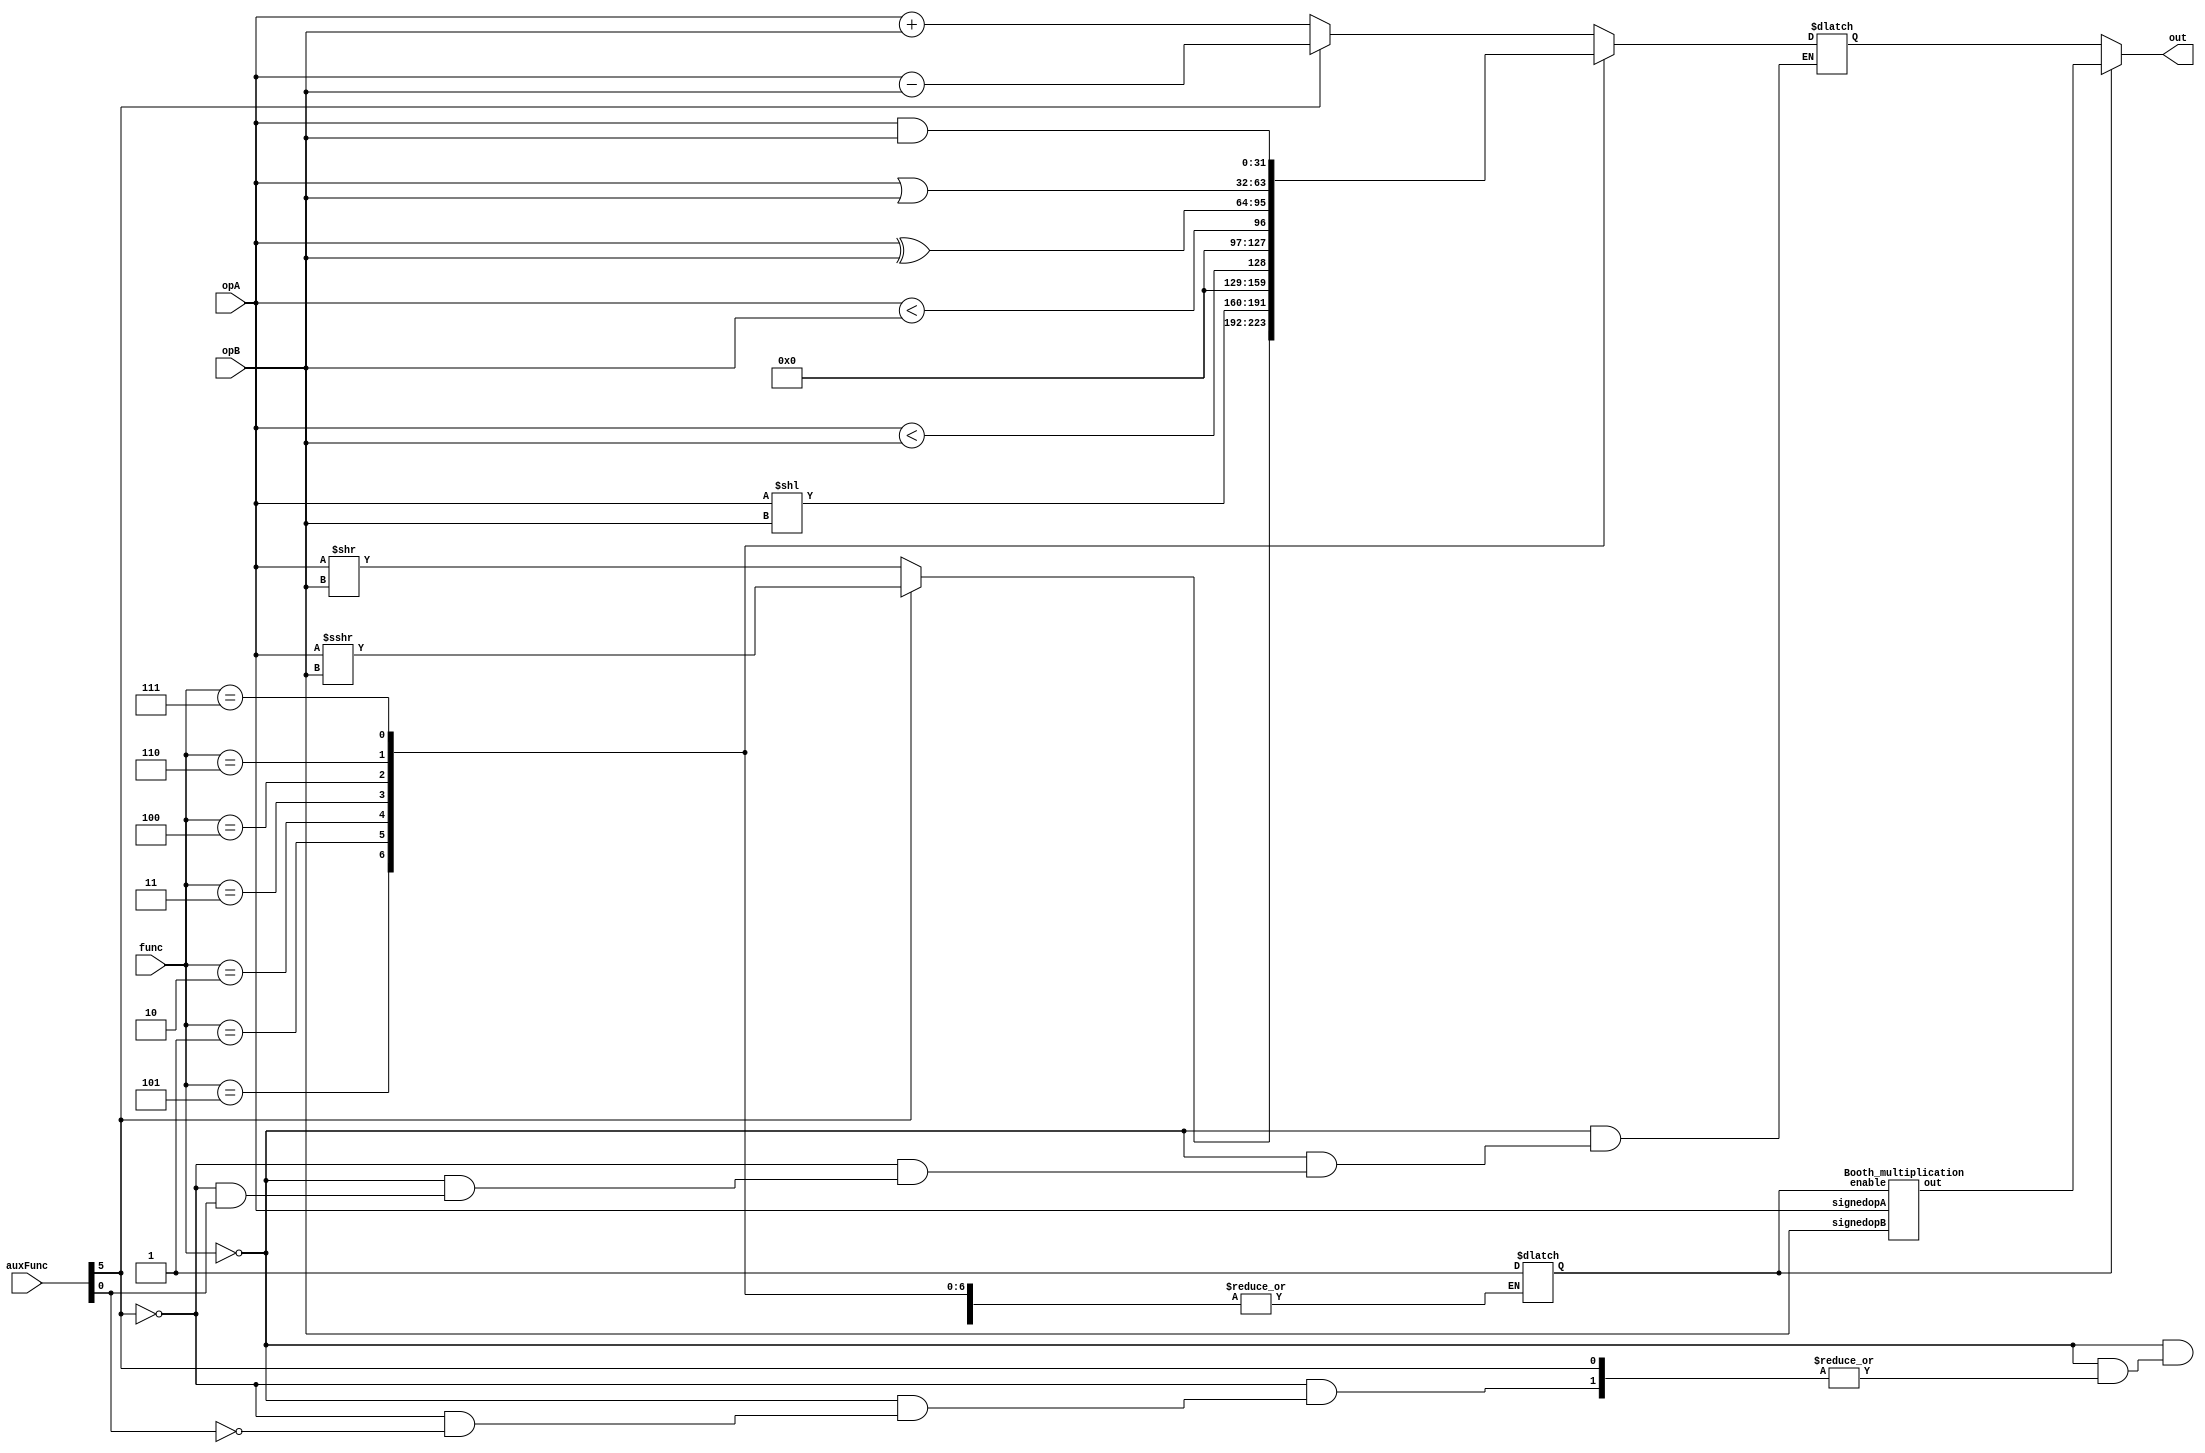
/*
 Northwestern University
 CompEng361 - Fall 2023
 Lab 1
 
 Name: Ben Ferreira
 NetID: bpf2734
 
 */

module ExecutionUnit(out, opA, opB, func, auxFunc);
  output [31:0] out;
  input [31:0]  opA, opB;
  input [2:0] 	 func;
  input [6:0] 	 auxFunc;

  // Place your code here
  reg [31:0] myOutput;
  wire signed [31:0] signedopA = $signed(opA);
  wire signed [31:0] signedopB = $signed(opB);
  reg enable = 1'b0;
  wire [31:0] mul_out;
  Booth_multiplication booth1(signedopA, signedopB, mul_out, enable);

  always @(*)
  begin
    //check each bit of the input to classify them
    // enable = 1'b0;
    case (func[2:0])
      //Arithmetic
      3'b000:
        if (auxFunc[5] == 1'b1)
        begin
          myOutput = opA - opB;
        end
        else if (auxFunc[0] == 1'b1)
        begin
          enable = 1'b1;
        end
        else
        begin
          myOutput = opA + opB;
        end

      //SRL and SRA
      3'b101:
        if (auxFunc[5] == 1'b1)
        begin
          myOutput = signedopA >>> signedopB;
        end
        else
        begin
          myOutput = opA >> opB;
        end
      3'b001:
        myOutput = opA << opB;
      3'b010:
        myOutput = 1 ? signedopA < signedopB : 0;
      3'b011:
        myOutput = 1 ? opA < opB : 0;
      3'b100:
        myOutput = opA ^ opB;
      3'b110:
        myOutput = opA | opB;
      3'b111:
        myOutput = opA & opB;
      default:
        myOutput = 32'b0;
    endcase
  end
  assign out = enable ? mul_out :  myOutput ;
endmodule // ExecutionUnit


module Booth_multiplication (signedopA, signedopB, out, enable);

  input signed [31:0] signedopA, signedopB;
  input enable;
  output signed [31:0] out;
  reg [31:0] out_result;
  reg [64:0] accumulator = 64'b0;
  reg [64:0] addition_val;
  reg signed sign;
  reg signed [31:0] cmpval;
  integer i;

  assign out = accumulator[31:0];
  always @(*) begin
      if (enable == 1'b1) begin
        addition_val = {signedopA, {32'b0}};
        for (i = 0; i < 32; i = i + 1) begin
            sign = accumulator[63];
            
            if (i == 1'b0) begin
              cmpval = 32'b0;
            end
            else begin
              cmpval = signedopB[i-1];
            end
            if (signedopB[i] == 1'b0 && cmpval == 1'b0) begin
              accumulator = accumulator + 1'b0;
            end
            else if (signedopB[i] == 1'b0 && cmpval == 1'b1) begin
              accumulator = accumulator + addition_val;
            end
            else if (signedopB[i] == 1'b1 && cmpval == 1'b0) begin 
              accumulator = accumulator - addition_val;
            end 
            else if (signedopB[i] == 1'b1 && cmpval == 1'b1) begin 
              accumulator = accumulator + 1'b0;
            end 

            accumulator = accumulator >> 1;
            accumulator[63] = sign;  
        end
        //sign = accumulator[31];
        // accumulator = accumulator >> 1;
        $display("answer is %8x", accumulator);
        //accumulator[31] = sign; 
      end
  end 



endmodule